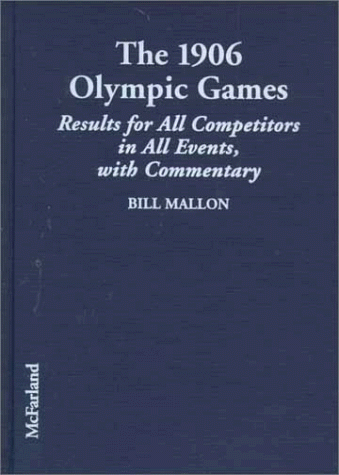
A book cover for The 1906 Olympic Games: Results for All Competitors in All Events, with Commentary (Olympic Games: Results of the Early Modern Olympics); Bill Mallon; Sports & Outdoors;